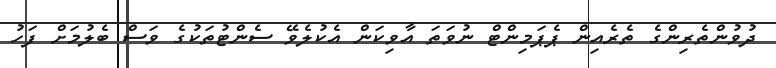
ދުވުންތެރިންގެ ތެރެއިން ޕެޕަމިންޓް ނުވަތަ އާވިކަން އެކުލެވޭ ސެންޓުތަކުގެ ވަސް ބެލުމަށް ފަހު